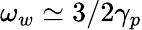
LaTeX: \omega_{w}\simeq 3/2\gamma_{p}